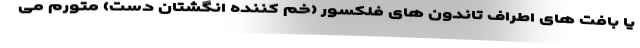
یا بافت های اطراف تاندون های فلکسور (خم کننده انگشتان دست) متورم می